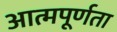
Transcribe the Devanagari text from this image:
आत्मपूर्णता